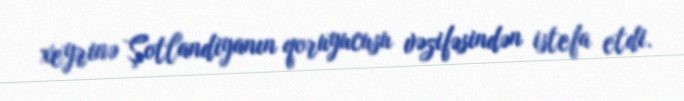
xeyrinə Şotlandiyanın qoruyucusu vəzifəsindən istefa etdi.